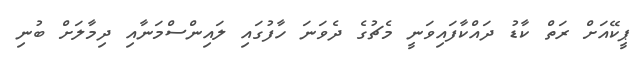
ޕީކޭއަށް ރަތް ކާޑު ދައްކާފައިވަނީ މެޗުގެ ދެވަނަ ހާފުގައި ލައިންސްމަނާއި ދިމާލަށް ބުނި